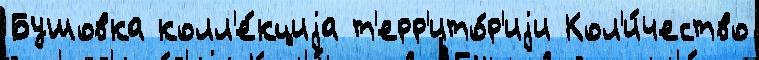
Бушовка колл'е́кциjа т'ерр'ито́р'иjи Кол'и́чество